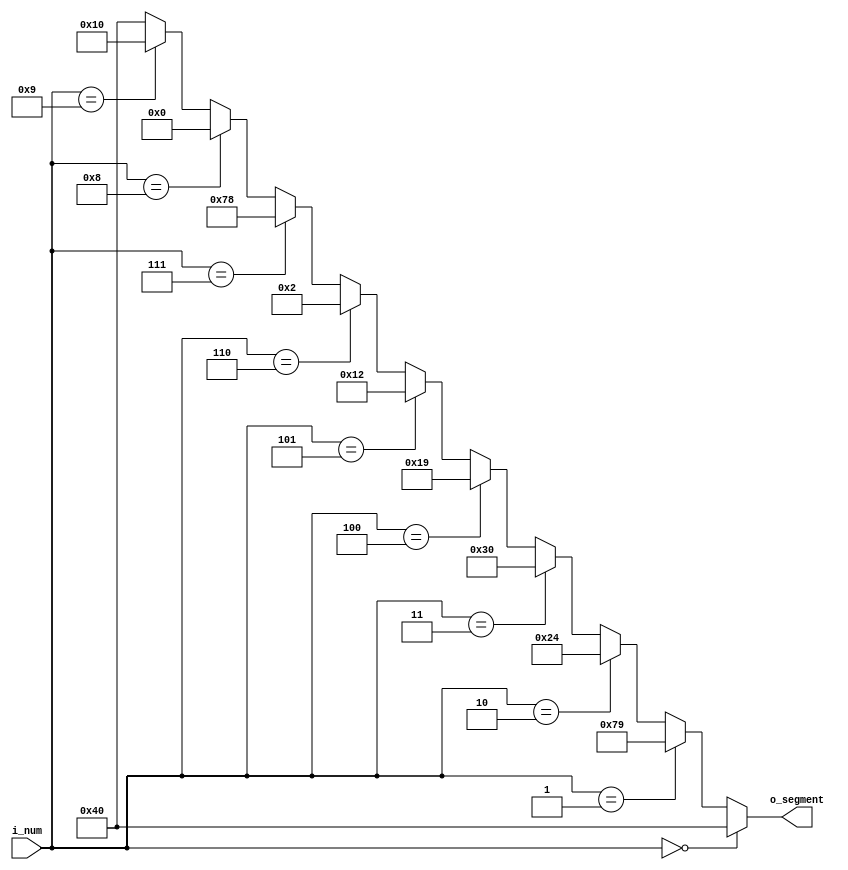
`timescale 1ns / 1ps
//////////////////////////////////////////////////////////////////////////////////
// Company: 
// Engineer: 
// 
// Design Name: 
// Module Name:    seg7_rom 
// Project Name: 
// Target Devices: 
// Tool versions: 
// Description: 
//
// Dependencies: 
//
// Revision: 
// Revision 0.01 - File Created
// Additional Comments: 
//
//////////////////////////////////////////////////////////////////////////////////
module seg7_rom(
    input [3:0] i_num,
    output [6:0] o_segment
    );

assign o_segment = (i_num == 4'd0) ? 7'b1000000 :
						 (i_num == 4'd1) ? 7'b1111001 :
						 (i_num == 4'd2) ? 7'b0100100 :
						 (i_num == 4'd3) ? 7'b0110000 :
						 (i_num == 4'd4) ? 7'b0011001 :
						 (i_num == 4'd5) ? 7'b0010010 :
						 (i_num == 4'd6) ? 7'b0000010 :
						 (i_num == 4'd7) ? 7'b1111000 :
						 (i_num == 4'd8) ? 7'b0000000 :
						 (i_num == 4'd9) ? 7'b0010000 :
						 7'b1000000;

endmodule